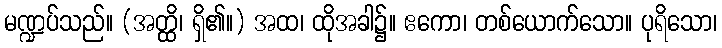
မဏ္ဍပ်သည်။ (အတ္ထိ၊ ရှိ၏။) အထ၊ ထိုအခါ၌။ ဧကော၊ တစ်ယောက်သော။ ပုရိသော၊